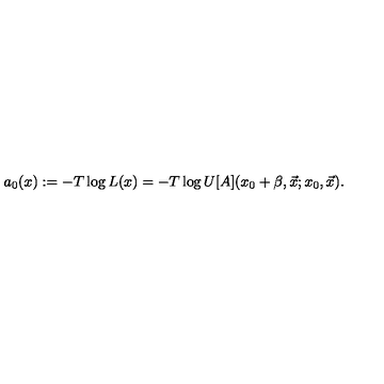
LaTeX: a _ { 0 } ( x ) : = - T \log L ( x ) = - T \log U [ A ] ( x _ { 0 } + \beta , \vec { x } ; x _ { 0 } , \vec { x } ) .